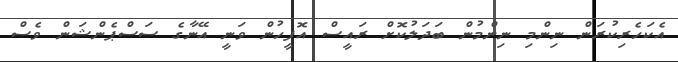
އެކަހެރިކުރަން ނިންމި ނިންމުން ބަދަލުކޮށް ރައީސް އޮފީހުން ވަނީ އޭނާގެ ސަސްޕެންޝަން ވެސް